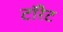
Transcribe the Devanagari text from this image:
टॉरेट